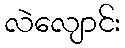
လဲလျောင်း